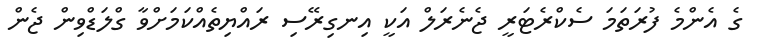
ގެ އެންމެ ފުރަތަމަ ސެކްރެޓަރީ ޖެނެރަލް އަކީ އިނގިރޭސި ރައްޔިތެއްކަމަށްވާ ގްލަޑްވިން ޖެން